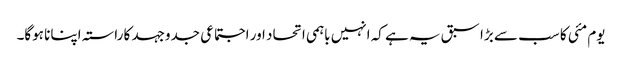
یوم مئی کا سب سے بڑا سبق یہ ہے کہ انہیں باہمی اتحاد اور اجتماعی جدوجہد کا راستہ اپنانا ہوگا۔